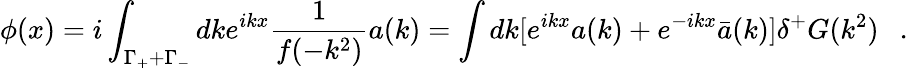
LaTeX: \phi(x)=i\int_{\Gamma_{+}+\Gamma_{-}}dke^{ikx}\frac{1}{f(-k^{2})}a(k)=\int dk[e^{ikx}a(k)+e^{-ikx}\bar{a}(k)]\delta^{+}G(k^{2})~~~.